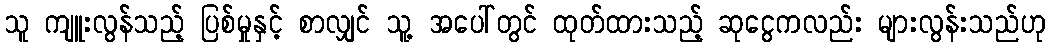
သူ ကျူးလွန်သည့် ပြစ်မှုနှင့် စာလျှင် သူ့ အပေါ်တွင် ထုတ်ထားသည့် ဆုငွေကလည်း များလွန်းသည်ဟု